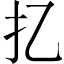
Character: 𢩧